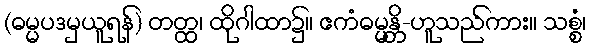
(ဓမ္မပဒမှယူရန်) တတ္ထ၊ ထိုဂါထာ၌။ ဧကံဓမ္မန္တိ-ဟူသည်ကား။ သစ္စံ၊